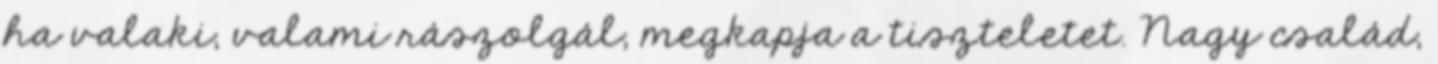
ha valaki, valami rászolgál, megkapja a tiszteletet. Nagy család,